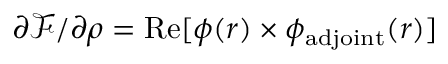
\partial \mathcal { F } / \partial \rho = \mathrm { R e } [ \phi ( \boldsymbol { r } ) \times \phi _ { \mathrm { a d j o i n t } } ( \boldsymbol { r } ) ]